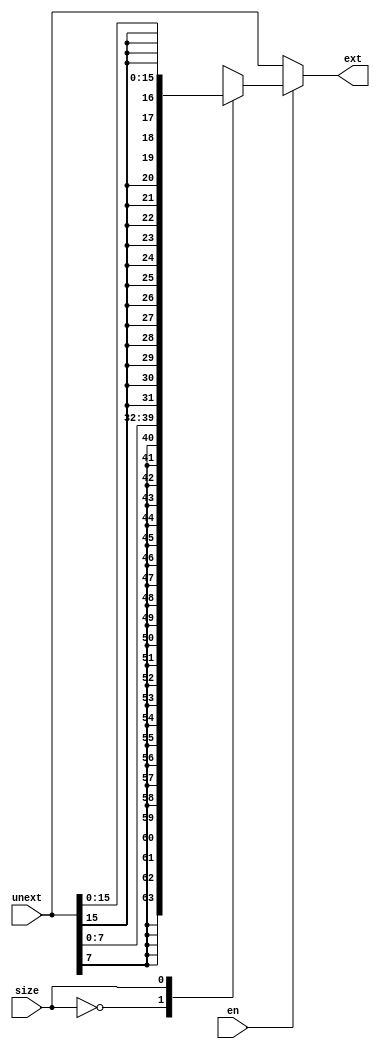
module sign_extender (output reg [31:0] ext, input [31:0] unext, input size, en);
    parameter BYTE = 1'b0;
    parameter HALF = 1'b1;

    always @ (unext) begin
        if(en)
            case(size)
                BYTE: ext <= {{24{unext[7]}},unext[7:0]};
                HALF: ext <= {{16{unext[15]}},unext[15:0]};
            endcase
        else
            ext <= unext;
    end
endmodule